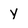
Character: y